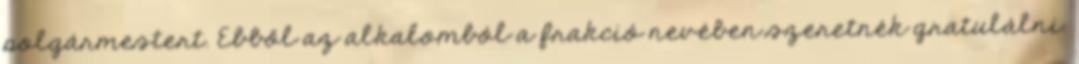
polgármestert. Ebből az alkalomból a frakció nevében szeretnék gratulálni.